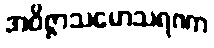
အဝိဇ္ဇာသမောသရဏာ